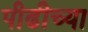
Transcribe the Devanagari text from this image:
पीढीच्या